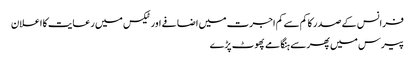
فرانس کے صدر کا کم سے کم اجرت میں اضافے اور ٹیکس میں رعایت کا اعلان
پیرس میں پھر سے ہنگامے پھوٹ پڑے